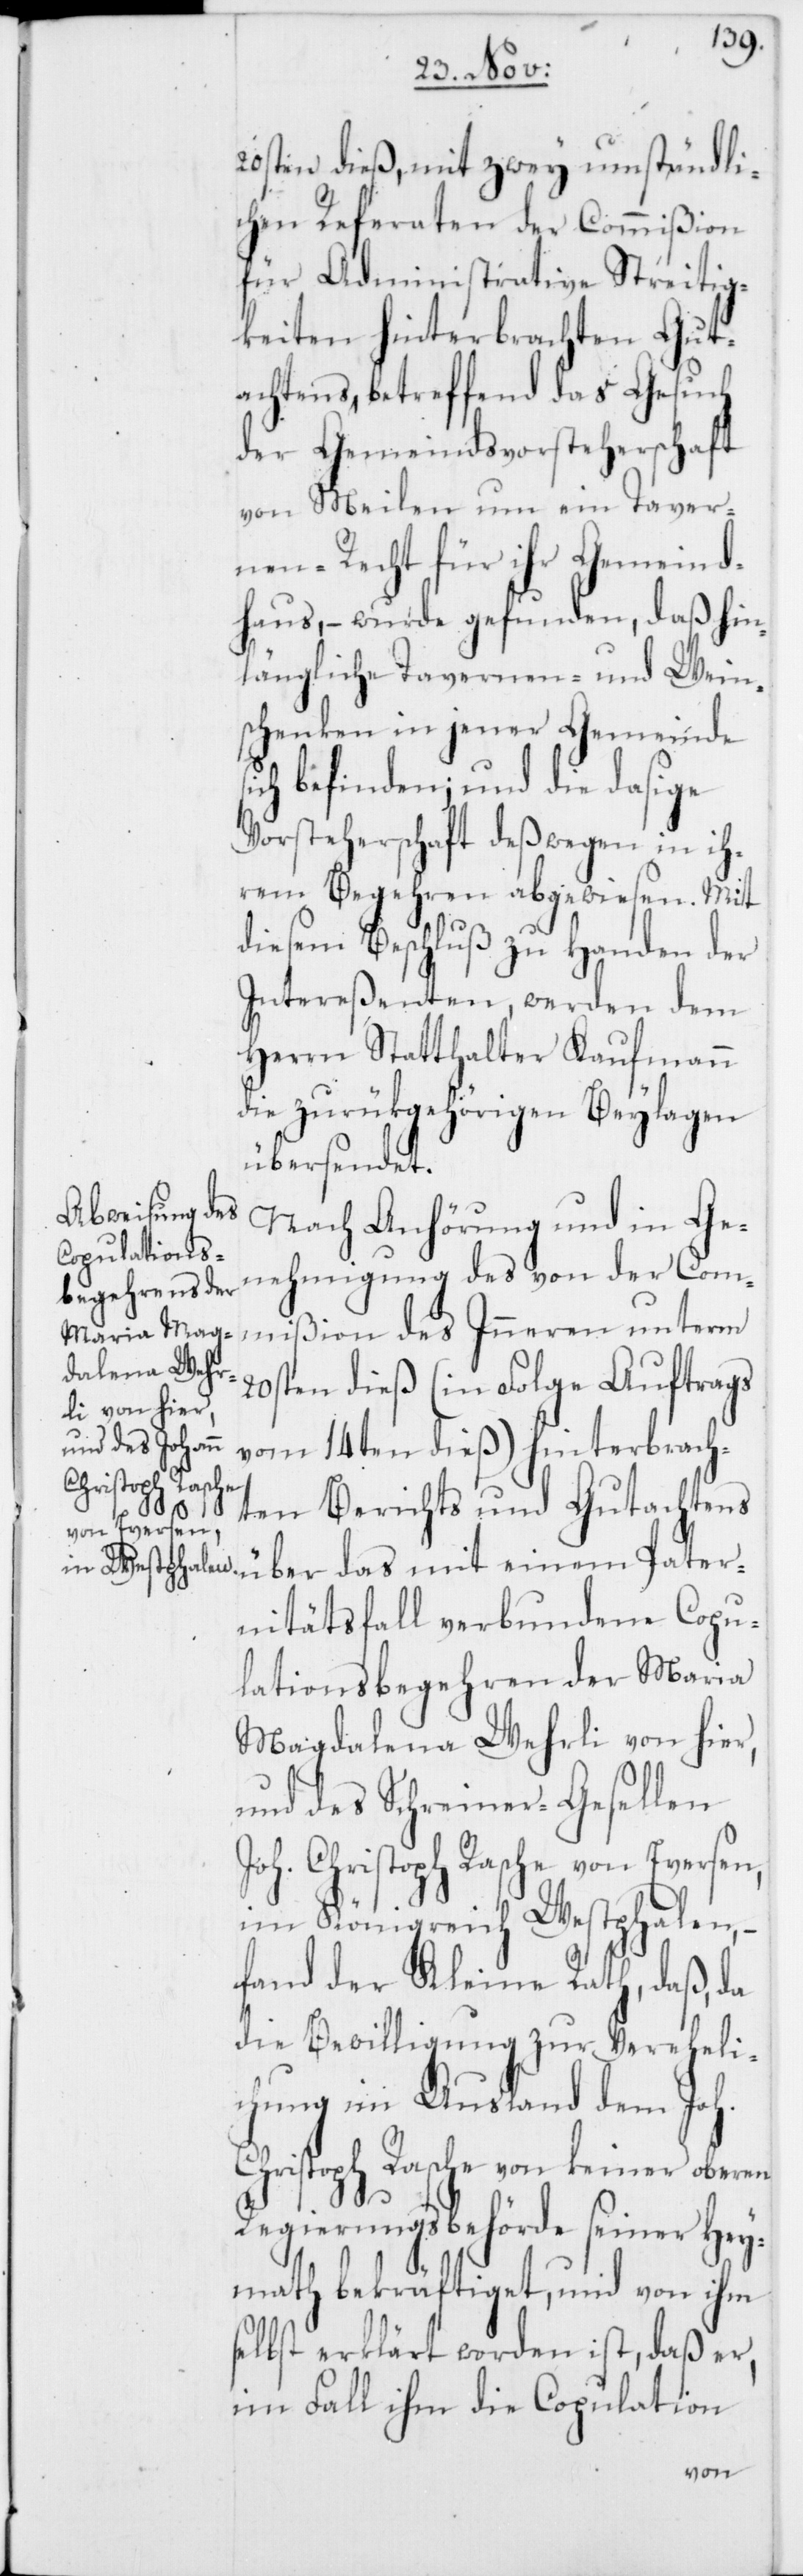
20sten dieß, mit zwey umständli¬
chen Referaten der Commißion
für Administrative Streitig¬
keiten hinterbrachten Gut¬
achtens, betreffend das Gesuch
der Gemeindsvorsteherschaft
von Meilen um ein Taver¬
nen-Recht für ihr Gemeind¬
haus, – wurde gefunden, daß hin¬
längliche Tavernen- und Wein¬
schenken in jener Gemeinde s¬
ich befinden; und die dasige
Vorsteherschaft deßwegen in ih¬
rem Begehren abgewiesen.
diesem Beschluß zu Handen der
Intereßenten werden dem
Herrn Statthalter Kaufmann
die zurükgehörigen Beylagen
übersendet.
Nach Anhörung und in Ge¬
nehmigung des von der Com¬
mißion des Inneren unterm
20sten dieß (in Folge Auftrags
vom 14ten dieß) hinterbrach¬
mit einem Pate¬
ten Berichts und Gutachtens
rnitätsfall verbundene Copu¬
lationsbegehren der Maria
Magdalena Wehrli von hier,
und des Schreiner-Gesellen
Joh. Christoph Rasche von Eversen,
im Königreich Westphalen, –
fand der Kleine Rath, daß, da
die Bewilligung zur Vereheli¬
chung im Ausland dem Joh.
Christoph Rasche von keiner oberen
Regierungsbehörde seiner Hey¬
math bekräftiget, und von ihm
selbst erklärt worden ist, daß er,
im Fall ihm die Copulation